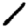
Digit: 1